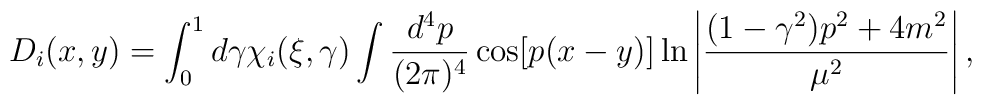
D_i(x,y) = \int_0^1 d\gamma \chi_i(\xi, \gamma)\int {d^4p\over{(2 \pi)^4}} \cos[p (x-y)]\ln\left|{{(1-\gamma^2)p^2 + 4 m^2}\over{\mu^2}}\right|,